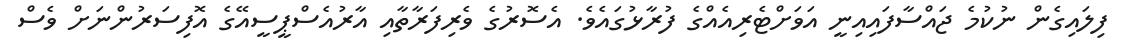
ފިލައިގެން ނުކުމެ ޖައްސާފައިއިނީ އަވަށްޓެރިއެއްގެ ފުރާޅުގައެވެ. އެސޮރުގެ ވެރިފަރާތާއި އާރުއެސްޕީސީއޭގެ އޮފިސަރުންނަށް ވެސް